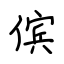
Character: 傧